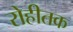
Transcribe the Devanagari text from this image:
रोहीतक